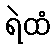
ရဲထံ